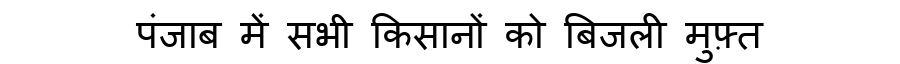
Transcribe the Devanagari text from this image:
पंजाब में सभी किसानों को बिजली मुफ़्त